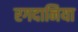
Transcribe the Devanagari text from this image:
रगदानिया